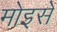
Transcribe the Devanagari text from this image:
मोइसे